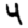
Digit: 4